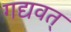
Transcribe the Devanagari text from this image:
गद्यवत्